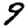
Digit: 9